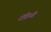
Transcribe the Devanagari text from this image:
रंगिनी